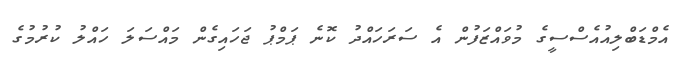
އެމްޑަބްލިއުއެސްސީގެ މުވައްޒަފުން އެ ސަރަހައްދު ކޮނެ ޕަމްޕު ޖަހައިގެން މައްސަލަ ހައްލު ކުރުމުގެ